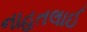
નાહતલાઈ